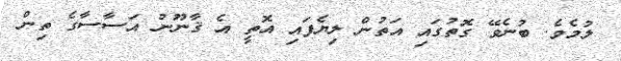
ލުމެވެ. ބުނެވޭ ގޮތުގައި އަތުން ލިޔެފައި އޮތީ އެ ޤާނޫނު އަސާސާގެ ތިން